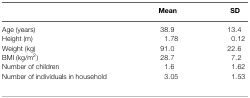
<table><thead><tr><td></td><td><b>Mean</b></td><td><b>SD</b></td></tr></thead><tbody><tr><td>Age (years)</td><td>38.9</td><td>13.4 </td></tr><tr><td>Height (m)</td><td>1.78</td><td>0.12 </td></tr><tr><td>Weight (kg)</td><td>91.0</td><td>22.6 </td></tr><tr><td>BMI (kg/m<sup>2</sup>)</td><td>28.7</td><td>7.2 </td></tr><tr><td>Number of children</td><td>1.6</td><td>1.62 </td></tr><tr><td>Number of individuals in household</td><td>3.05</td><td>1.53 </td></tr></tbody></table>